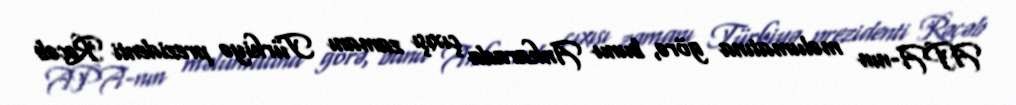
APA-nın məlumatına görə, bunu Ankarada çıxışı zamanı Türkiyə prezidenti Rəcəb